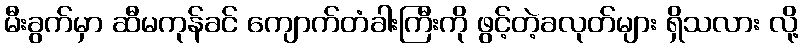
မီးခွက်မှာ ဆီမကုန်ခင် ကျောက်တံခါးကြီးကို ဖွင့်တဲ့ခလုတ်များ ရှိသလား လို့